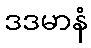
ဒဒမာနံ